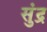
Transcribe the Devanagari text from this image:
सुंद्र